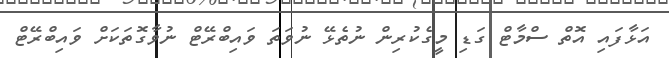
އަޅާފައި އޮތް ސްމާޓް ގަޑި މީގެކުރިން ނުތެޅޭ ނުވަތަ ވައިބްރޭޓް ނުވާގޮތަކަށް ވައިބްރޭޓް